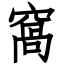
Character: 窩